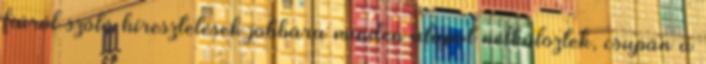
fiúról szóló híresztelések jobbára minden alapot nélkülöztek, csupán a